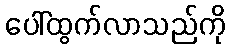
ပေါ်ထွက်လာသည်ကို